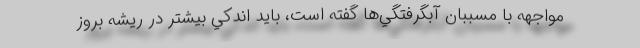
مواجهه با مسببان آبگرفتگي‌ها گفته است، بايد اندكي بيشتر در ريشه بروز